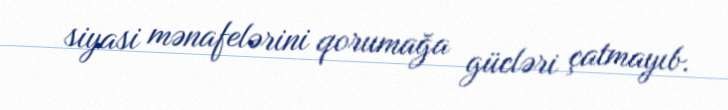
siyasi mənafelərini qorumağa gücləri çatmayıb.